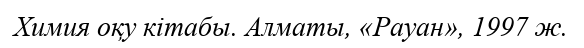
Химия оқу кітабы. Алматы, «Рауан», 1997 ж.